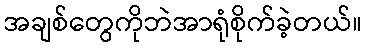
အချစ်တွေကိုဘဲအာရုံစိုက်ခဲ့တယ်။